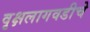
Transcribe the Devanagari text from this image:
वृक्षलागवडीचे